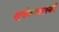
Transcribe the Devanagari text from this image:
सूर्यमण्डलकी